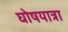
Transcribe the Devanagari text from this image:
घोषयात्रा